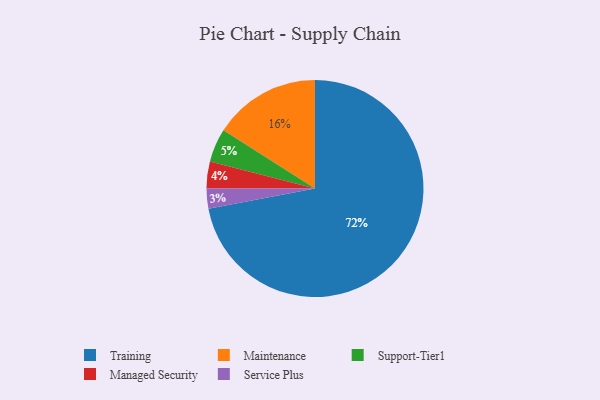
{"axis": {"x": "Category", "y": "Percentage"}, "legend": ["Maintenance", "Managed Security", "Service Plus", "Support-Tier1", "Training"], "data": [{"x": "Managed Security", "y": 4, "type": "Managed Security"}, {"x": "Service Plus", "y": 3, "type": "Service Plus"}, {"x": "Training", "y": 72, "type": "Training"}, {"x": "Maintenance", "y": 16, "type": "Maintenance"}, {"x": "Support-Tier1", "y": 5, "type": "Support-Tier1"}]}